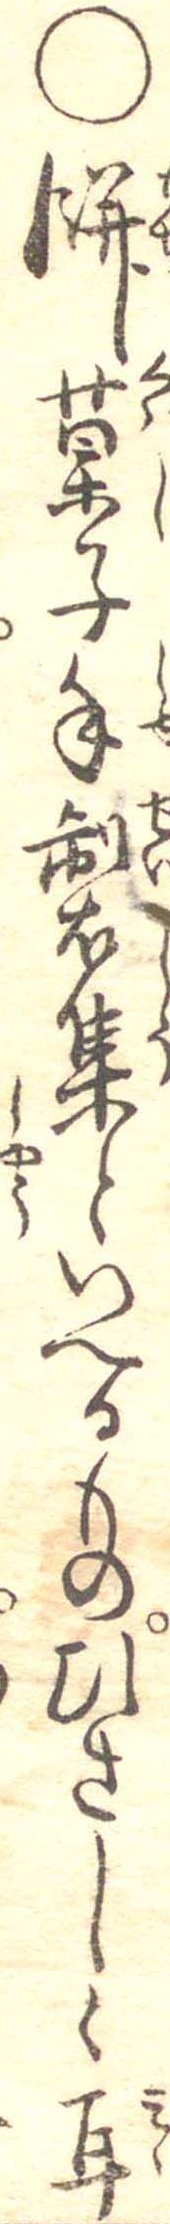
○餅菓子手製集といへるものひさしく耳